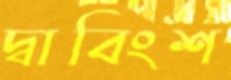
দ্বাবিংশ